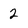
Character: 2